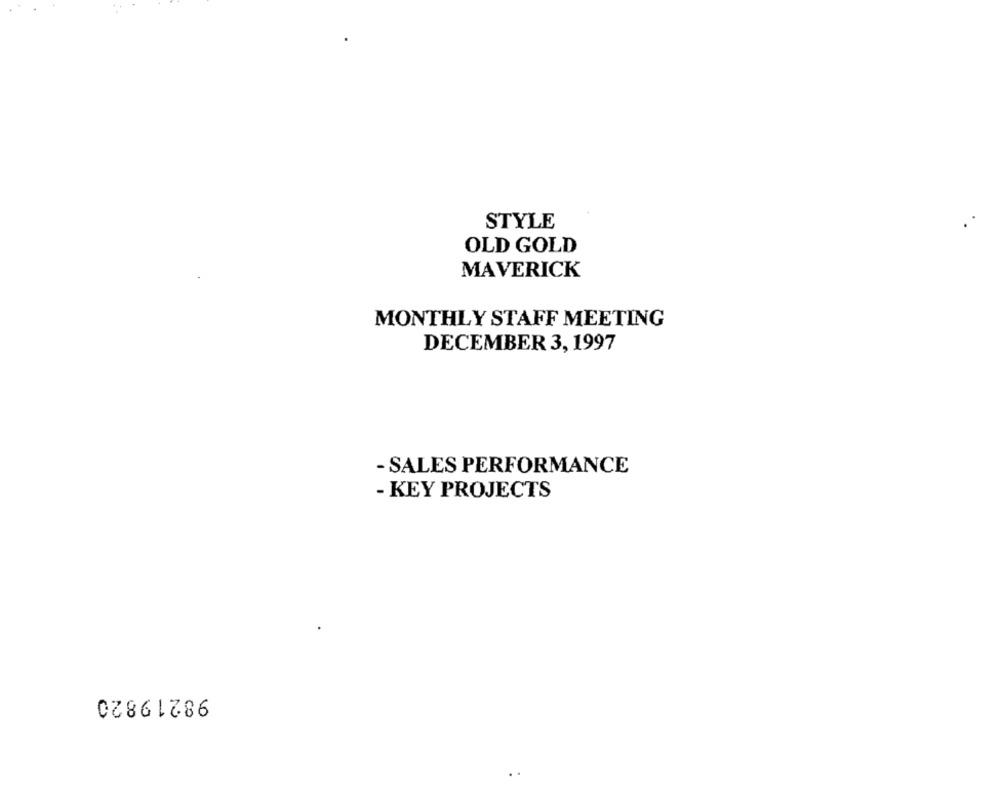
STYLE
OLD GOLD
MAVERICK
MONTHLY STAFF MEETING
DECEMBER 3, 1997
- SALES PERFORMANCE
- KEY PROJECTS
98219820